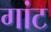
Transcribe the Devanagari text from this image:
गांट